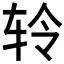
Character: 𫐉